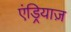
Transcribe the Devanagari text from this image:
एंड्रियाज़